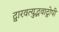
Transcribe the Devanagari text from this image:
द्वारवत्युद्भवाद्गोपी